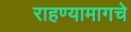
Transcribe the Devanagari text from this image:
राहण्यामागचे